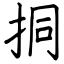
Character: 挏